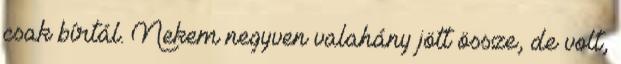
csak bírtál. Nekem negyven valahány jött össze, de volt,